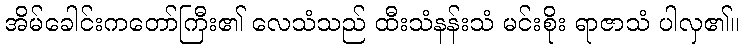
အိမ်ခေါင်းကတော်ကြီး၏ လေသံသည် ထီးသံနန်းသံ မင်းစိုး ရာဇာသံ ပါလှ၏။